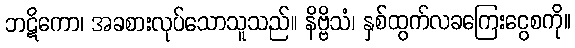
ဘဋိကော၊ အခစားလုပ်သောသူသည်။ နိဗ္ဗိသံ၊ နှစ်ထွက်လခကြေးငွေစကို။